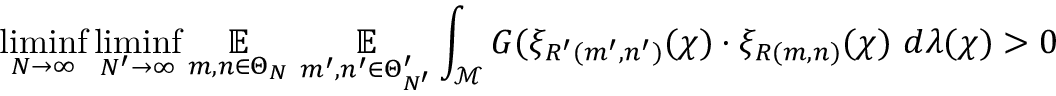
\operatorname* { l i m i n f } _ { N \rightarrow \infty } \operatorname* { l i m i n f } _ { N ^ { \prime } \rightarrow \infty } \underset { m , n \in \Theta _ { N } } { \mathbb { E } } ~ \underset { m ^ { \prime } , n ^ { \prime } \in \Theta _ { N ^ { \prime } } ^ { \prime } } { \mathbb { E } } \int _ { \mathcal { M } } G ( \xi _ { R ^ { \prime } ( m ^ { \prime } , n ^ { \prime } ) } ( \chi ) \cdot \xi _ { R ( m , n ) } ( \chi ) ~ d \lambda ( \chi ) > 0